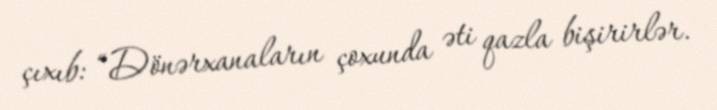
çıxıb: “Dönərxanaların çoxunda əti qazla bişirirlər.